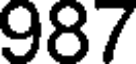
987